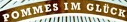
POMMES IM GLUCK